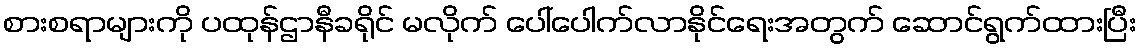
စားစရာများကို ပထုန်ဌာနီခရိုင် မလိုက် ပေါ်ပေါက်လာနိုင်ရေးအတွက် ဆောင်ရွက်ထားပြီး